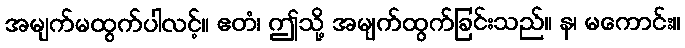
အမျက်မထွက်ပါလင့်။ ဧတံ၊ ဤသို့ အမျက်ထွက်ခြင်းသည်။ န၊ မကောင်း။